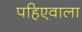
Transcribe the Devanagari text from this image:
पहिएवाला